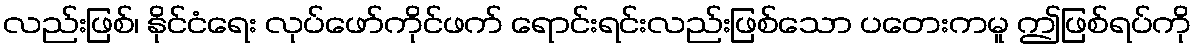
လည်းဖြစ်၊ နိုင်ငံရေး လုပ်ဖော်ကိုင်ဖက် ရောင်းရင်းလည်းဖြစ်သော ပတေးကမူ ဤဖြစ်ရပ်ကို